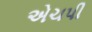
એચપી